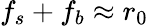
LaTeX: f_{s}+f_{b}\approx r_{0}